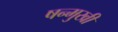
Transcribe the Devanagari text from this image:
षन्मुखी